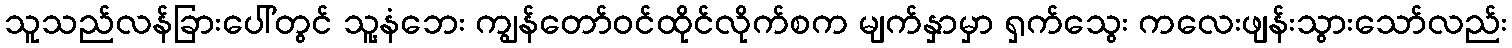
သူသည်လန်ခြားပေါ်တွင် သူ့နံဘေး ကျွန်တော်ဝင်ထိုင်လိုက်စက မျက်နှာမှာ ရှက်သွေး ကလေးဖျန်းသွားသော်လည်း